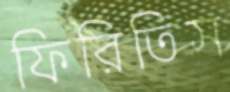
ফিরিতিস